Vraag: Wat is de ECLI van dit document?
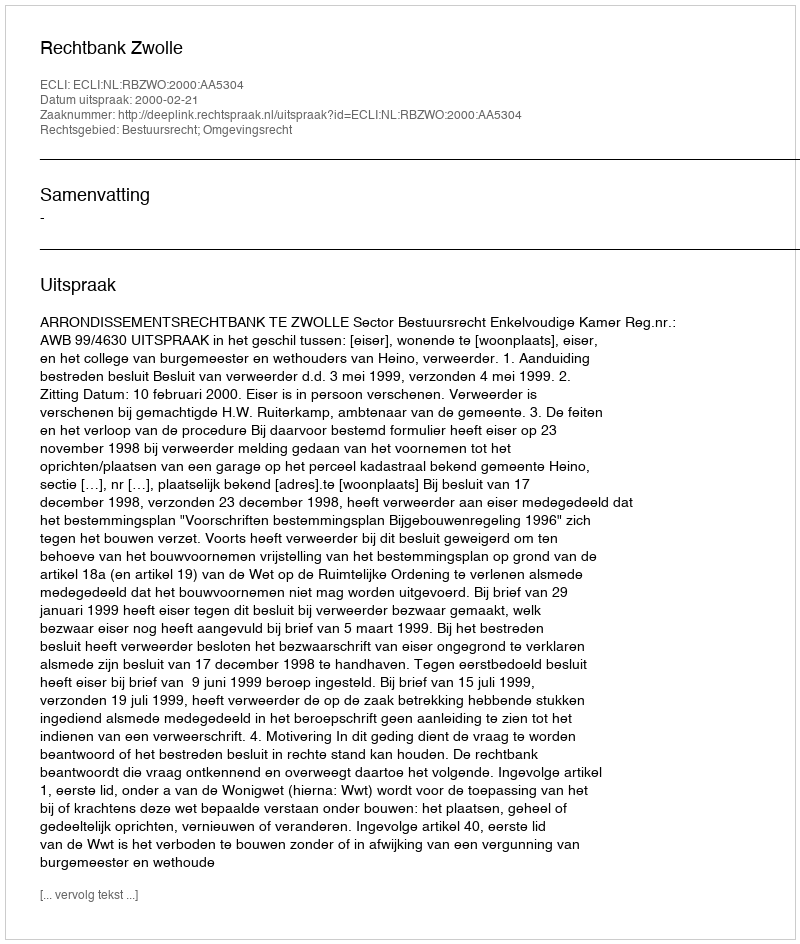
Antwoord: ECLI:NL:RBZWO:2000:AA5304